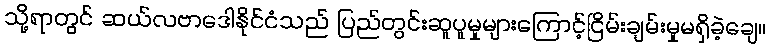
သို့ရာတွင် ဆယ်လဗာဒေါနိုင်ငံသည် ပြည်တွင်းဆူပူမှုများကြောင့်ငြိမ်းချမ်းမှုမရှိခဲ့ချေ။